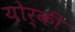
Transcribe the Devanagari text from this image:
योर्की